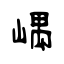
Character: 嵎